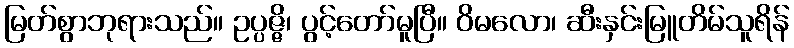
မြတ်စွာဘုရားသည်။ ဥပ္ပဇ္ဇိ၊ ပွင့်တော်မူပြီ။ ဝိမလော၊ ဆီးနှင်းမြူတိမ်သူရိန်